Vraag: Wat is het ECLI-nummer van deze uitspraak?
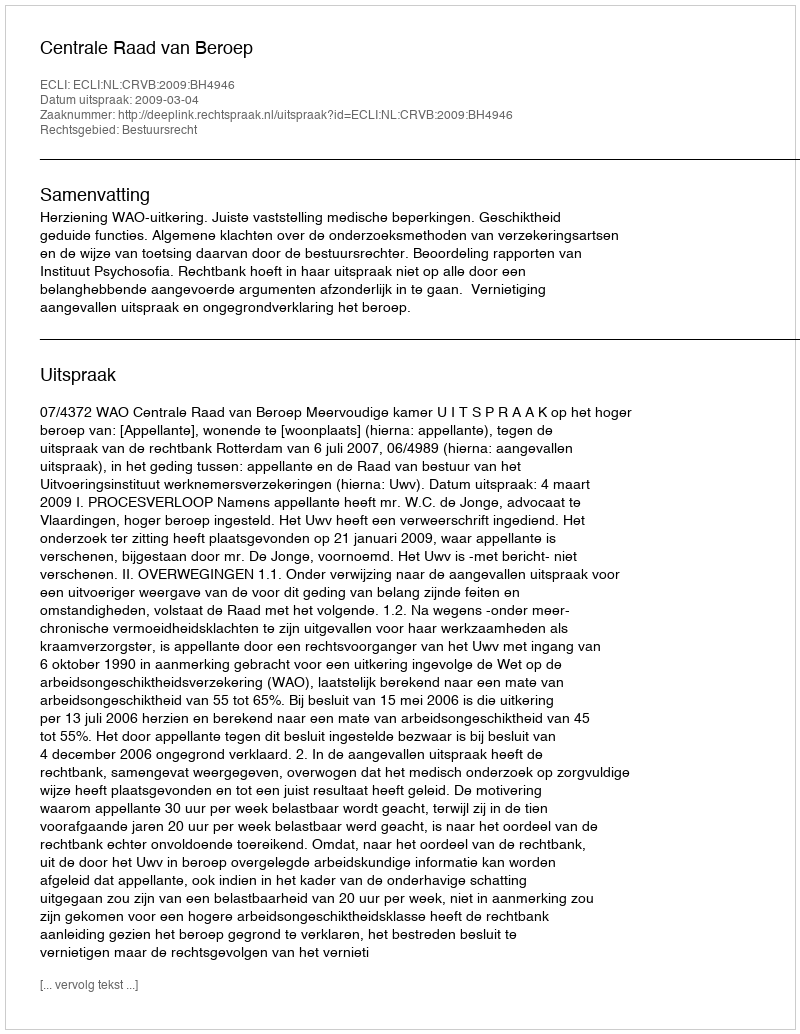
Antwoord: ECLI:NL:CRVB:2009:BH4946